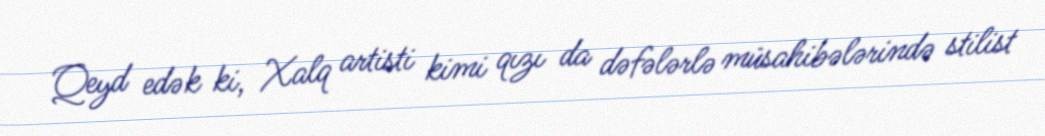
Qeyd edək ki, Xalq artisti kimi qızı da dəfələrlə müsahibələrində stilist